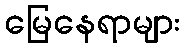
မြေနေရာများ